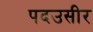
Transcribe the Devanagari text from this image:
पदउसीर